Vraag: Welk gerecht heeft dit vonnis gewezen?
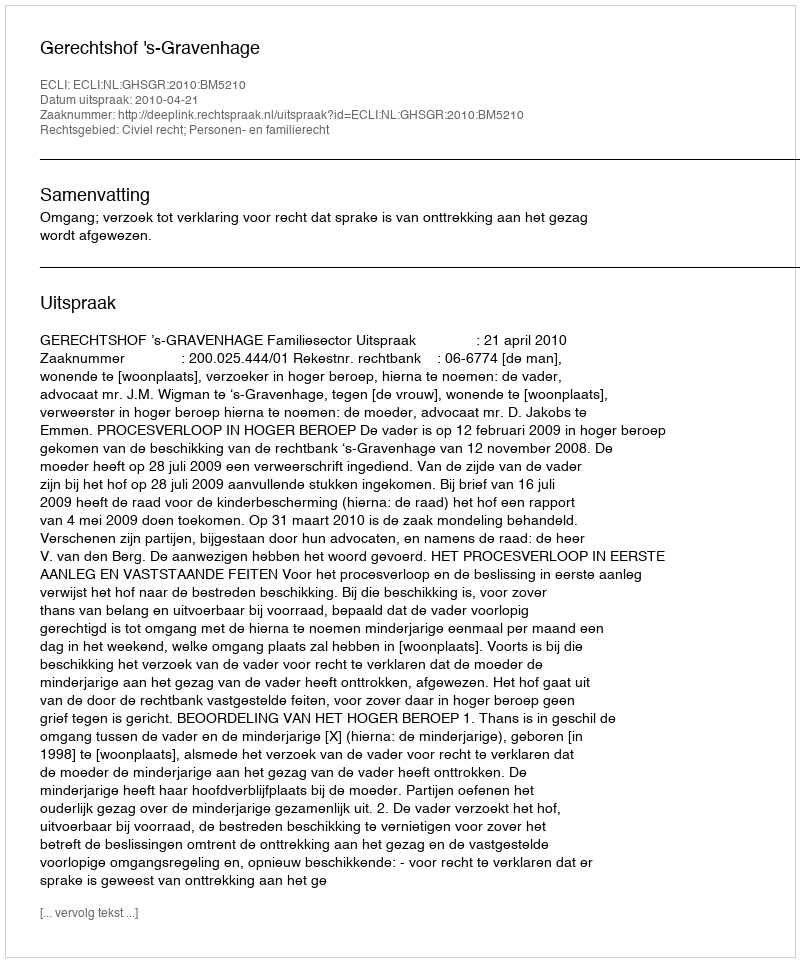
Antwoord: Gerechtshof 's-Gravenhage